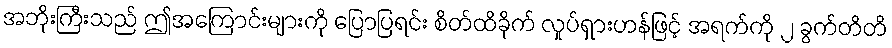
အဘိုးကြီးသည် ဤအကြောင်းများကို ပြောပြရင်း စိတ်ထိခိုက် လှုပ်ရှားဟန်ဖြင့် အရက်ကို ၂ ခွက်တိတိ